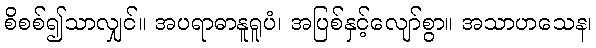
စိစစ်၍သာလျှင်။ အပရာဓာနူရူပံ၊ အပြစ်နှင့်လျော်စွာ။ အသာဟသေန၊